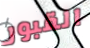
القبور